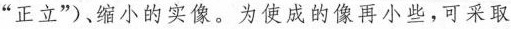
”正立”)、缩小的实像。为使成的像再小些，可采取